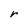
Character: r